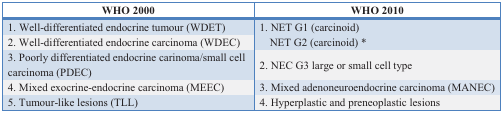
| WHO 2000 | WHO 2010 |
 | --- | --- |
 | 1. Well-differentiated endocrine tumour (WDET) | <ROWSPAN=2> 1. NET G1 (carcinoid) NET G2 (carcinoid) * |
 | 2. Well-differentiated endocrine carcinoma (WDEC) |
 | 3. Poorly differentiated endocrine carinoma/small cell carcinoma (PDEC) | 2. NEC G3 large or small cell type |
 | 4. Mixed exocrine-endocrine carcinoma (MEEC) | 3. Mixed adenoneuroendocrine carcinoma (MANEC) |
 | 5. Tumour-like lesions (TLL) | 4. Hyperplastic and preneoplastic lesions |